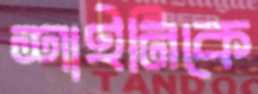
শাইনিকে